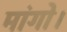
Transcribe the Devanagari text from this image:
मांगो।